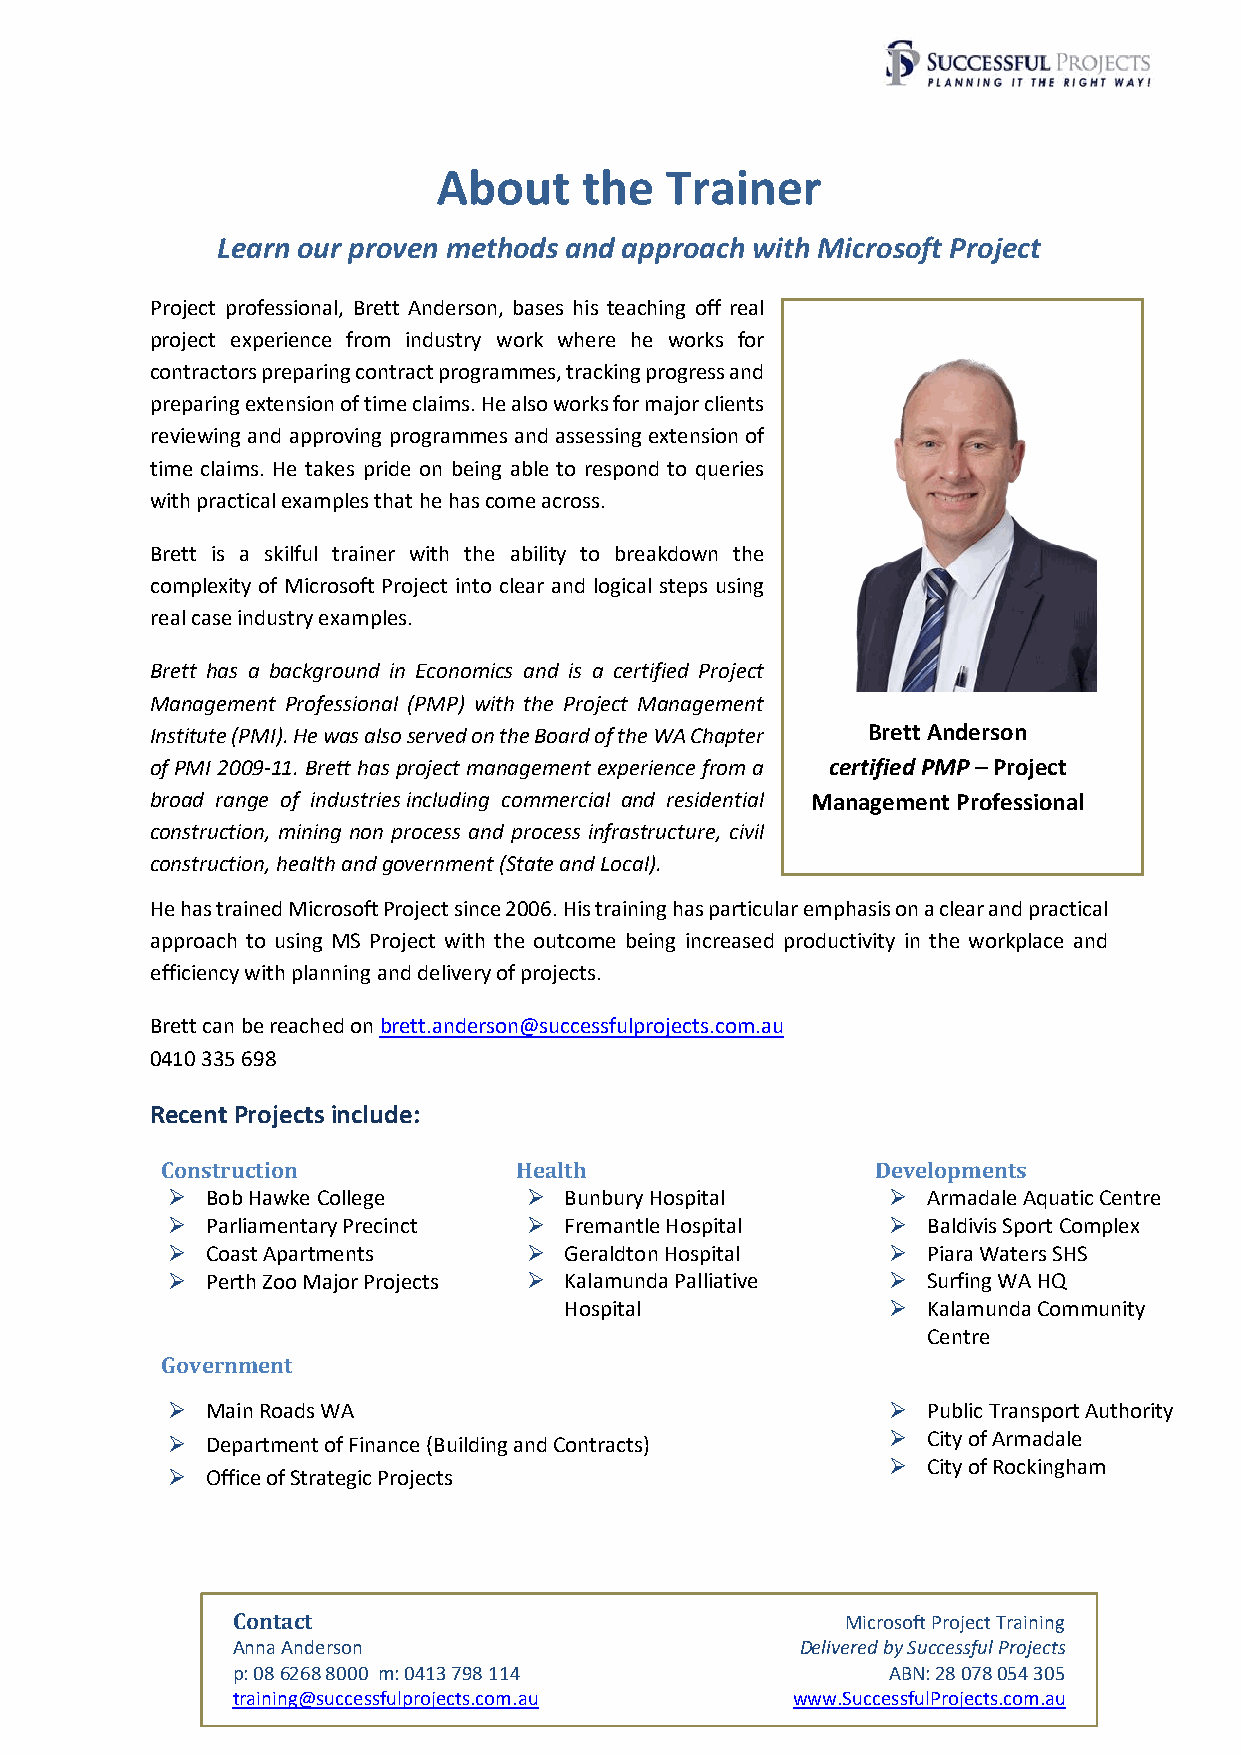
About     the  Trainer
 Learn our proven methods and approach with Microsoft Project
 Project professional, Brett Anderson, bases his teaching off real
 project experience from industry work where he works for
 contractors preparing contract programmes, tracking progress and
 preparing extension of time claims. He also works for major clients
 reviewing and approving programmes and assessing extension of
 time claims. He takes pride on being able to respond to queries
 with practical examples that he has come across.
 Brett is a skilful trainer with the ability to breakdown the
 complexity of Microsoft Project into clear and logical steps using
 real case industry examples.
 Brett has a background in Economics and is a certified Project
 Management Professional (PMP) with the Project Management
 Institute (PMI). He was also served on the Board of the WA Chapter Brett Anderson
 of PMI 2009-11. Brett has project management experience from a certified PMP – Project
 broad range of industries including commercial and residential Management Professional
 construction, mining non process and process infrastructure, civil
 construction, health and government (State and Local).
 He has trained Microsoft Project since 2006. His training has particular emphasis on a clear and practical
 approach to using MS Project with the outcome being increased productivity in the workplace and
 efficiency with planning and delivery of projects.
 Brett can be reached on brett.anderson@successfulprojects.com.au
 0410 335 698
 Recent Projects include:
 Construction           Health                  Developments
 ➢  Bob Hawke College    ➢ Bunbury Hospital      ➢ Armadale Aquatic Centre
 ➢  Parliamentary Precinct ➢ Fremantle Hospital  ➢ Baldivis Sport Complex
 ➢  Coast Apartments     ➢ Geraldton Hospital    ➢ Piara Waters SHS
 ➢  Perth Zoo Major Projects ➢ Kalamunda Palliative ➢ Surfing WA HQ
 Hospital              ➢ Kalamunda Community
 Centre
 Government
 ➢  Main Roads WA                                ➢ Public Transport Authority
 ➢  Department of Finance (Building and Contracts) ➢ City of Armadale
 ➢ City of Rockingham
 ➢  Office of Strategic Projects
 Contact                                  Microsoft Project Training
 Anna Anderson                         Delivered by Successful Projects
 p: 08 6268 8000 m: 0413 798 114             ABN: 28 078 054 305
 training@successfulprojects.com.au   www.SuccessfulProjects.com.au